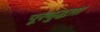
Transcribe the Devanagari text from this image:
पूरबुद्धता